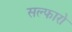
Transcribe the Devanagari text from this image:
सल्फारो